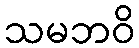
သမဘဝိ